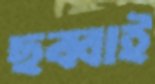
ছব্বাই